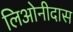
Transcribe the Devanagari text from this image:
लिओनीदास